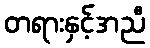
တရားနှင့်အညီ